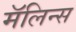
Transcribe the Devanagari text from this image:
मॅलिन्स